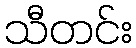
သီတင်း